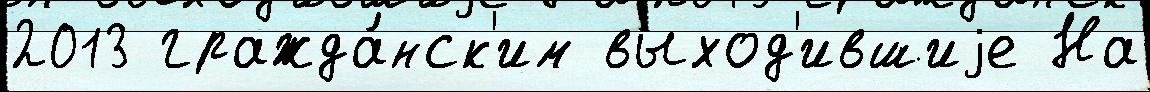
2013 гражда́нск'им выход'ившиjе На